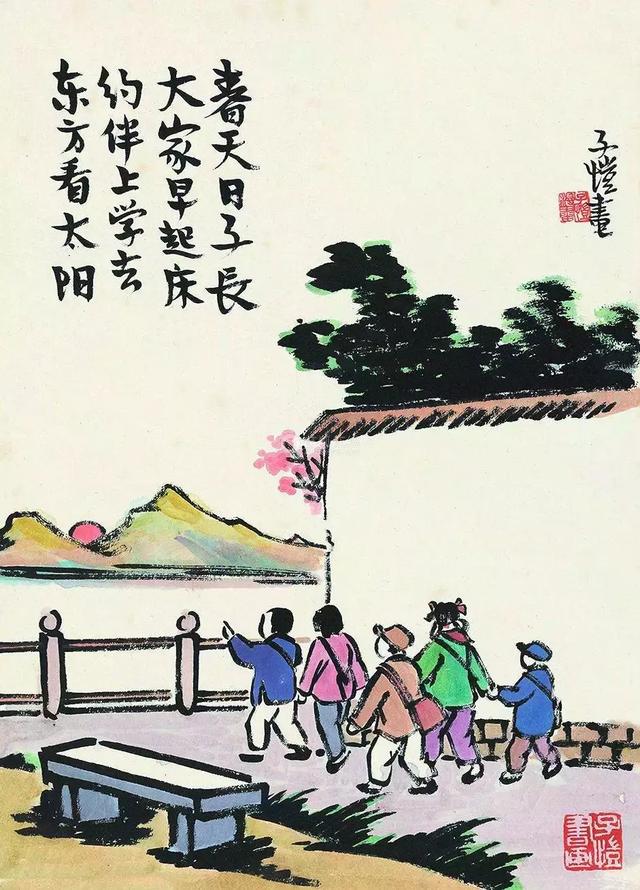
吾尝跂而望矣，不如登高之博见也。